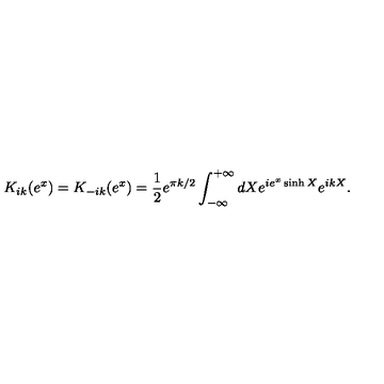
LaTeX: K _ { i k } ( e ^ { x } ) = K _ { - i k } ( e ^ { x } ) = \frac { 1 } { 2 } e ^ { \pi k / 2 } \int _ { - \infty } ^ { + \infty } d X e ^ { i e ^ { x } \sinh X } e ^ { i k X } .